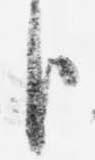
臣